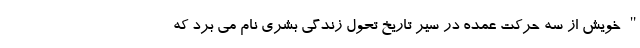
" خویش از سه حرکت عمده در سیر تاریخ تحول زندگی بشری نام می برد که